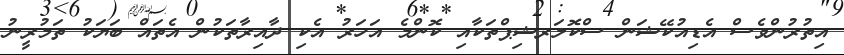
އިތުރުންވެސް އެޑިއުކޭޝަން ސްކޮލަރޝިޕްތަކާއި ކޮންމެ އަހަރު އެކި ދާއިރާތަކުން އެތައް ބަޔަކު ތަމުރީނު